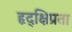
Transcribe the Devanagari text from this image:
हृद्‌क्षिप्रता